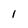
Character: 1